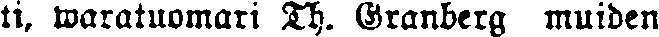
ti, waratuomari Th. Granberg muiden